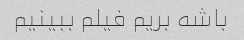
باشه بریم فیلم ببینیم